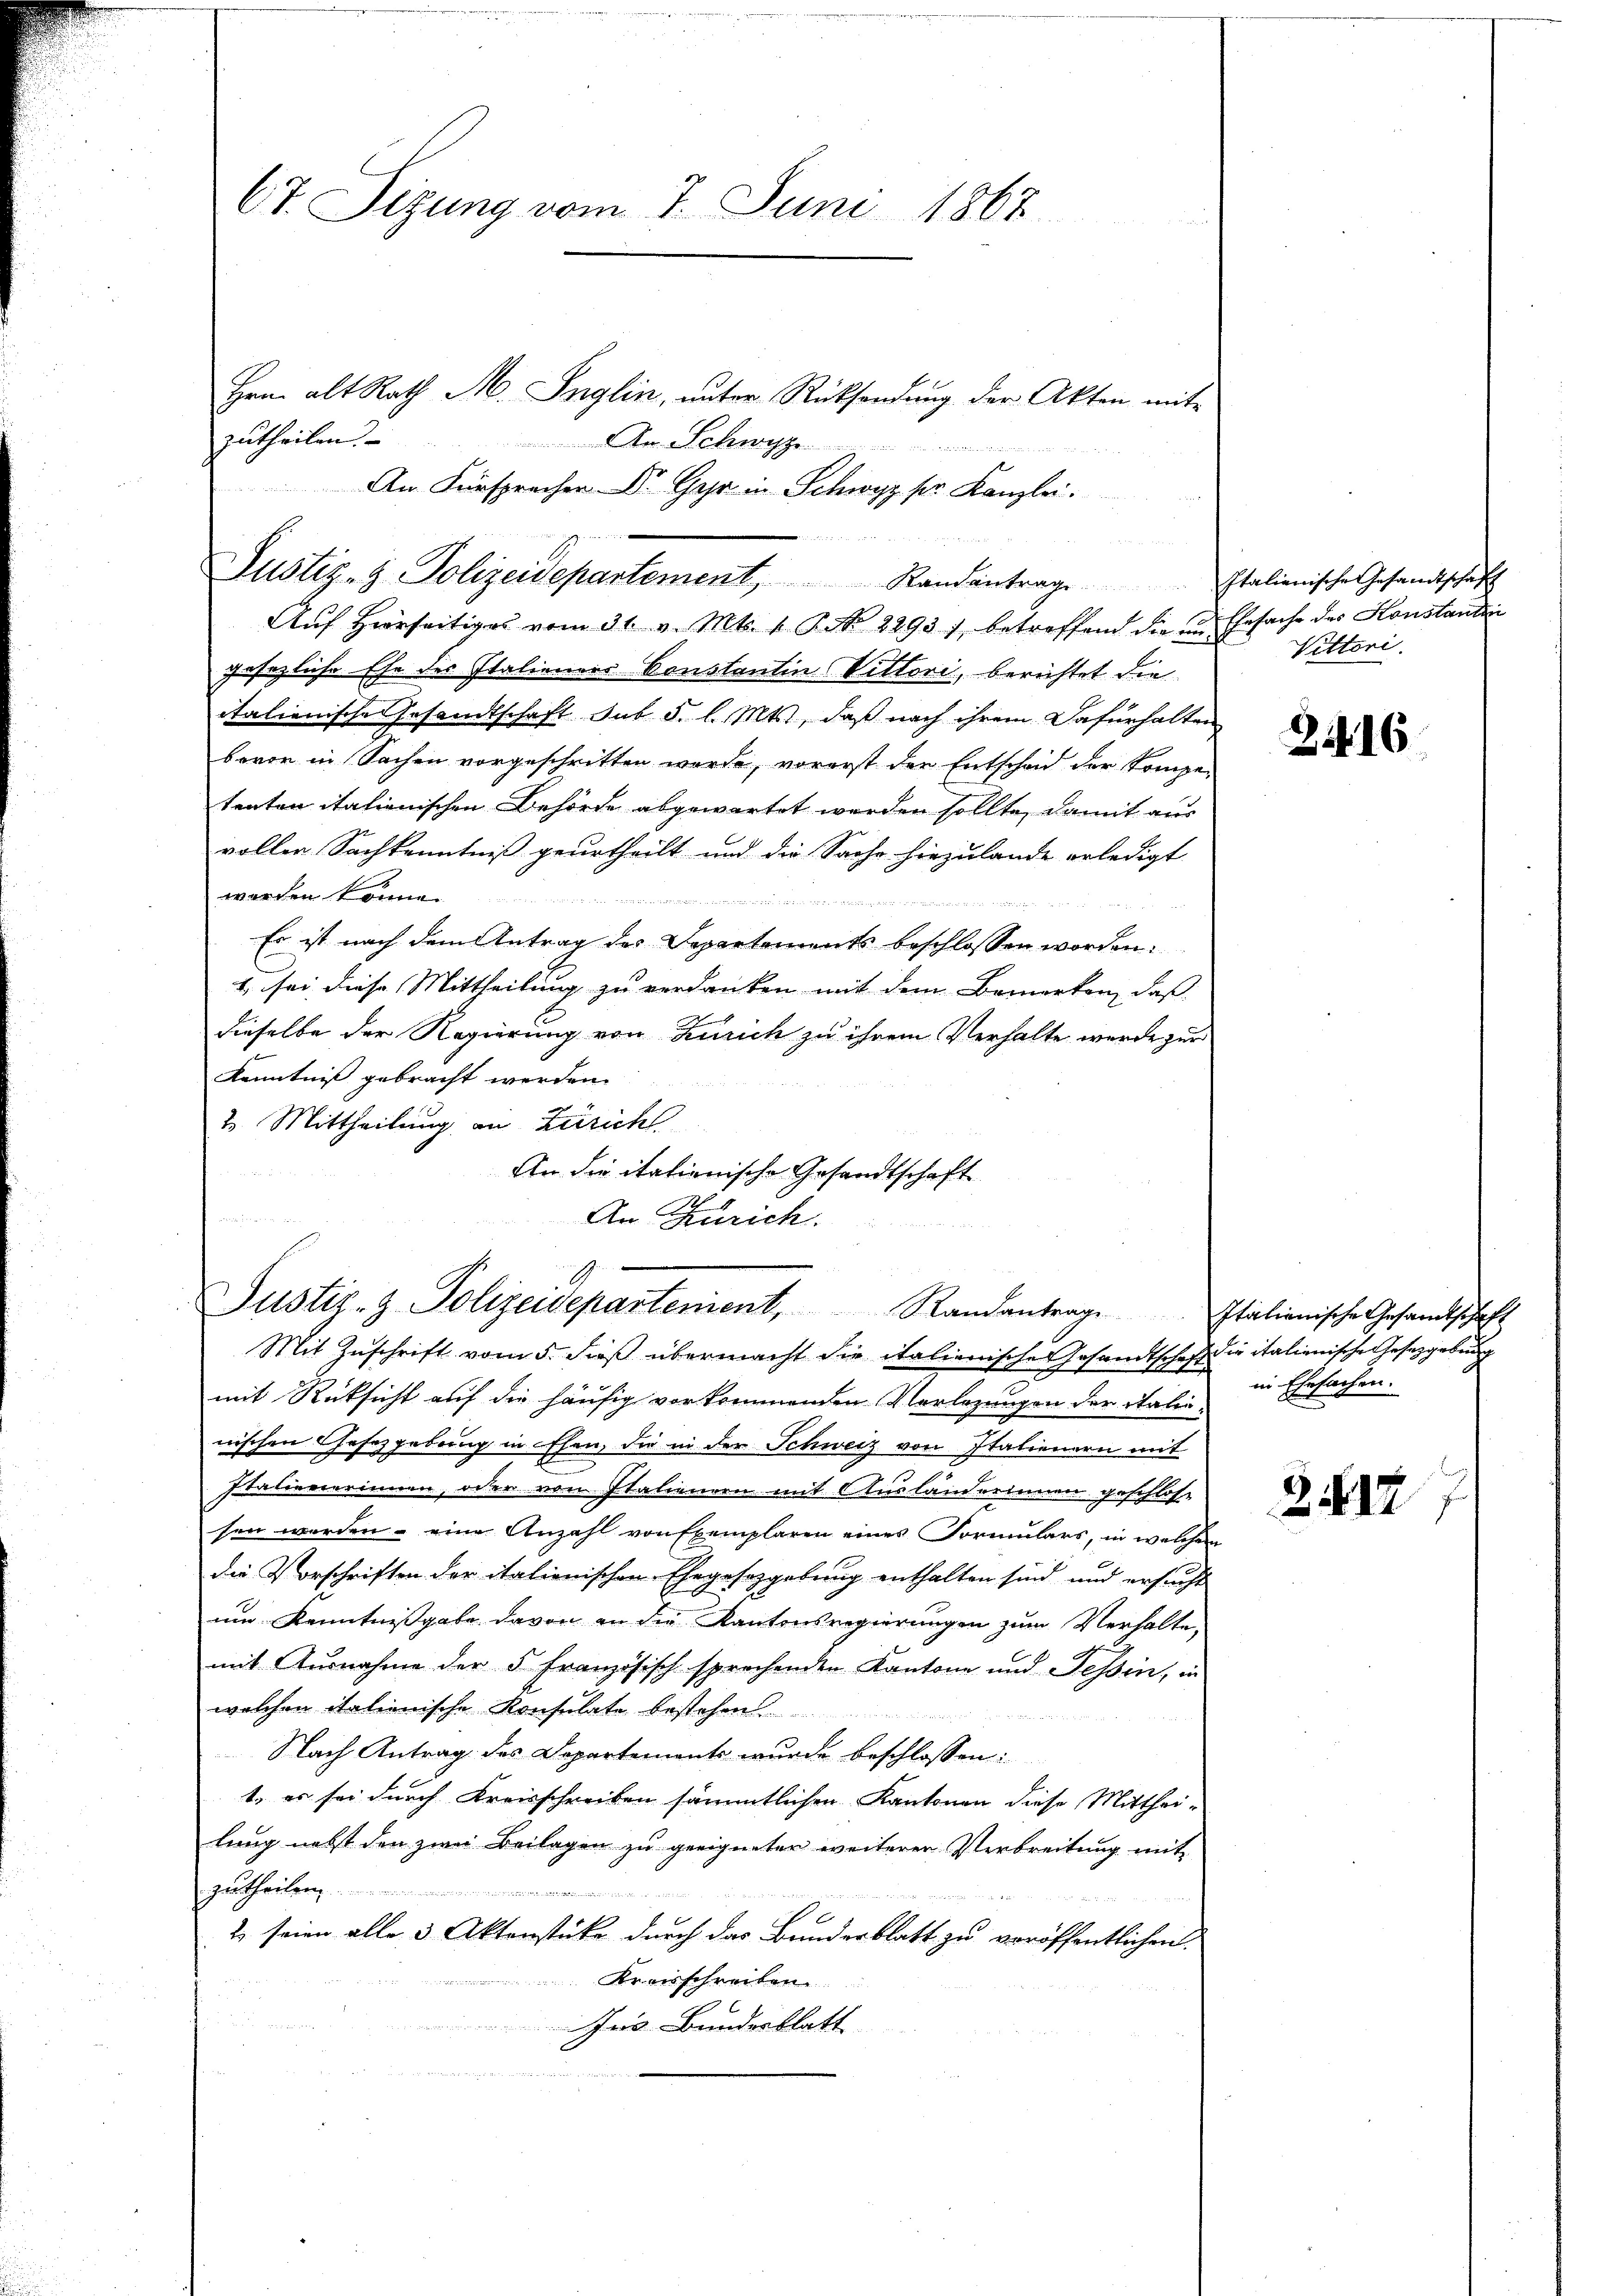
Ct. Sizung vom 7. Juni 1867

Hrn. alt Rath M. Inglin, unter Rücksendung der Akten mit
zutheilen.
An Schwyz
Justiz- & Polizeidepartement, Randantrage Italienische Gesandtschäft
Aŭf Hierseitiges vom 31. v. Mts. 1 Pkt. 2293), betreffend die in Ersache des Konstanden
gesezliche Ehe des Italieners Constantin Vittori, berichtet die
italienische Gesandtschaft sub 5. l. Mts., daß nach ihrem Dafürhalten
bevor in Sachen vorgeschritten wurde, vorerst der Entscheid der Kompe-
tenten italienischen Behörde abgewartet werden sollte, damit aus
voller Sachkenntniß geurtheilt und die Sache hiezulande erledigt
worden könne.

Es ist nach dem Antrag des Departements beschlossen worden.
1. sei diese Mittheilung zu verdanken mit dem Bemerken, daß
dieselbe der Regierung von Zürich zu ihrem Verhalte werde zur
Kenntnis gebracht werden.
2. Mittheilung an Züricht.
An die italienische Gesandtschaft
An Zürich.

An Fürsprechen Dr. Gehr in Schwyz ser Kanzlei.

Mit Zuschrift vom 5. Fuß übermacht die italienische Gesandtschaft die italienische Gesetzgebung
mit Rücksicht auf die häufig vorkommenden Verlegungen der italienischen Gesetzgebung in Ehen, die in der Schweiz von Italienern mit
Italienerinnen, oder von Italienden mit Ausländerinnen geschlose
sen werden – eine Anzahl von Exemplaren eines Formulars, in welchem
die Vorschriften der italionischen Ehegesetzgebung enthalten sind, und ersucht
um Kenntnissgabe davon an die Kantonsregierungen zum Verhalte,
mit Ausnahme der 5 Französisch sprechenden Kantone und Tessin, in
welchen italienische Konsulate bestehen
Nach Antrag des Departements wurde beschlossen:
1., es sei durch Kreisschreiben sämmtlichen Kantonen diese Mittheilung nebst den zum Beilagen zu geeigneten weiterer Verbreitung mit
zutheilen ............
mineur die
2 seien alle 3 Aktenstücke durch das Bundesblatt zu veröffentlichen
Kraisschreiben
u
Ins Bundesblatt

Justiz- & Polizeidepartenient, Randantrag. Italienische Gesandtschaft

Vittori.

16

in Ehrsachen.

2. 517